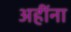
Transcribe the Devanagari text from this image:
अहींना